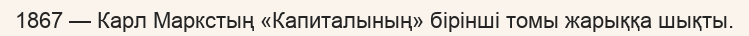
1867 — Карл Маркстың «Капиталының» бірінші томы жарыққа шықты.